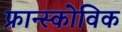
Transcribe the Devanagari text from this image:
फ्रान्स्कोविक